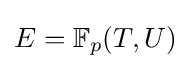
E=\mathbb {F} _{p}(T,U)